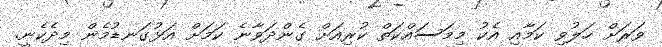
ވަރަށް ހަލުވި ކަމާއި އެކު މިމަސައްކަތް ކުރިއަށް ގެންދަވާނެ ކަމަށް އަޅުގަނޑުމެން މިދެކެނީ.